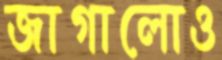
জাগালোও